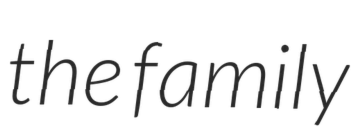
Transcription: the family